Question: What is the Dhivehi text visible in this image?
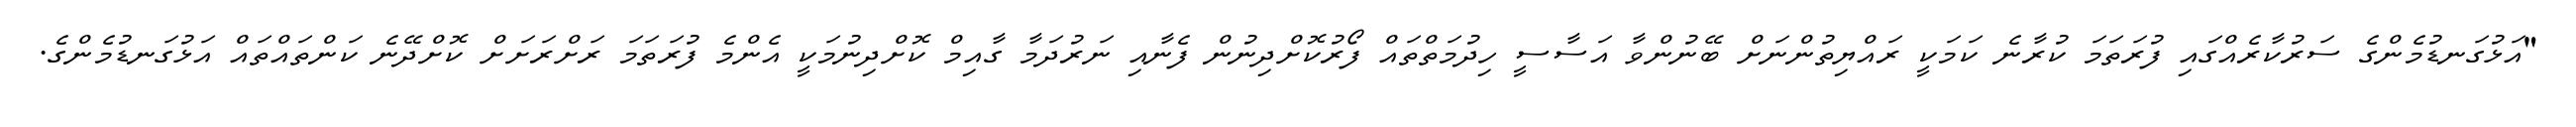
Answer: "އަޅުގަނޑުމެންގެ ސަރުކާރެއްގައި ފުރަތަމަ ކުރާނެ ކަމަކީ ރައްޔިތުންނަށް ބޭނުންވާ އަސާސީ ހިދުމަތްތައް ފޯރުކޮށްދިނުން ފެނާއި ނަރުދަމާ ގާއިމް ކޮށްދިނުމަކީ އެންމެ ފުރަތަމަ ރަށްރަށަށް ކޮށްދޭނެ ކަންތައްތައް އަޅުގަނޑުމެންގެ.